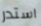
استدر